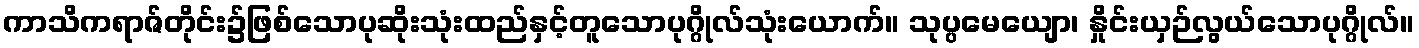
ကာသိကရာဇ်တိုင်း၌ဖြစ်သောပုဆိုးသုံးထည်နှင့်တူသောပုဂ္ဂိုလ်သုံးယောက်။ သုပ္ပမေယျော၊ နှိုင်းယှဉ်လွယ်သောပုဂ္ဂိုလ်။